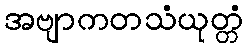
အဗျာကတသံယုတ္တံ